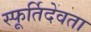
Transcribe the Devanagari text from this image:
स्फूर्तिदेवता